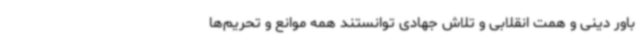
باور دینی و همت انقلابی و تلاش جهادی توانستند همه‌ موانع و تحریم‌ها